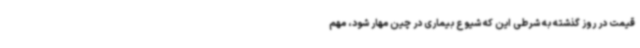
قیمت در روز گذشته به شرطی این که شیوع بیماری در چین مهار شود، مهم